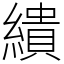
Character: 繢